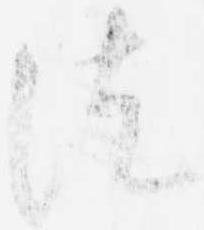
徒